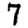
Digit: 7